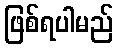
ဖြစ်ရပါမည်